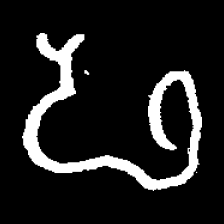
Pyu character \u2014 Myanmar letter: ဖ (romanized: pha)